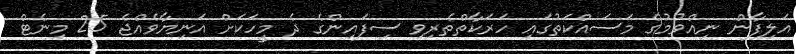
އަލިފާން ނިއްވުމުގެ މަސައްކަތުގައި ހަރަކާތްތެރިވި ސިފައިންގެ ދެ މީހަކަށް އަނިޔާވެއްޖެ 25 މިނެޓް